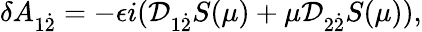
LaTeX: \delta A_{1{\dot{2}}}=-\epsilon i({\cal D}_{1{\dot{2}}}S(\mu)+\mu{\cal D}_{2{\dot{2}}}S(\mu)),